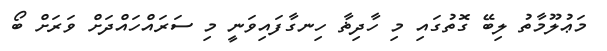
މަޢުލޫމާތު ލިބޭ ގޮތުގައި މި ހާދިޡާ ހިނގާފައިވަނީ މި ސަރައްހައްދަށް ވަރަށް ބޯ